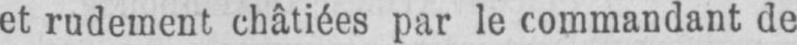
et rudement châtiées par le commandant de